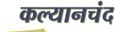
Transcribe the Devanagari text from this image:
कल्यानचंद